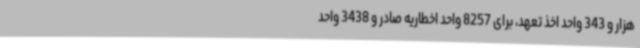
هزار و 343 واحد اخذ تعهد، برای 8257 واحد اخطاریه صادر و 3438 واحد